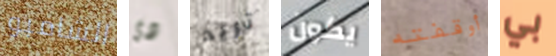
الشامبو دى تريد يكون أوقفته بي